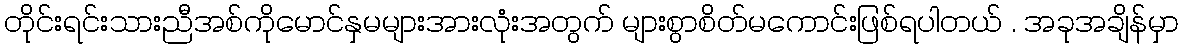
တိုင်းရင်းသားညီအစ်ကိုမောင်နှမများအားလုံးအတွက် များစွာစိတ်မကောင်းဖြစ်ရပါတယ် . အခုအချိန်မှာ